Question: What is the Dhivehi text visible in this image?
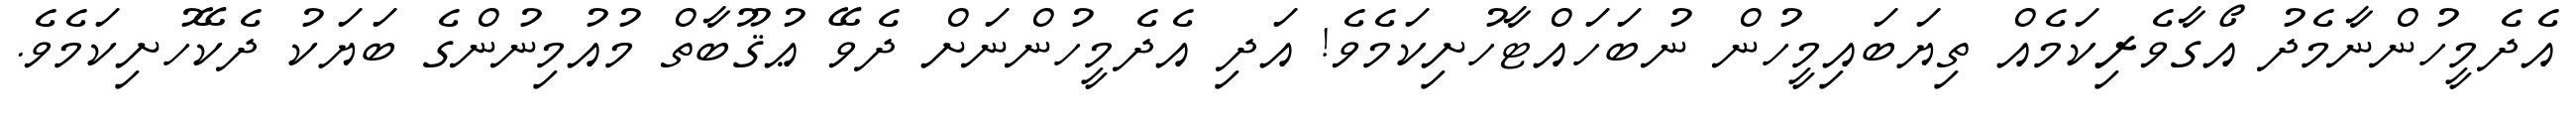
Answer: އެދެމީހުންނާމެދު އޯގާވެރިކަމެއް ތިޔަބައިމީހުން ނުބަހައްޓާހުށިކަމެވެ! އަދި އެދެމީހުންނަށް ދެވޭ ޢުޤޫބާތް މުއުމިނުންގެ ބަޔަކު ދެކޭހުށިކަމެވެ.